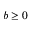
b \geq 0